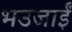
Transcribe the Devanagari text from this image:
भउजाईं